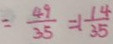
= \frac { 4 9 } { 3 5 } = 1 \frac { 1 4 } { 3 5 }